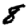
Digit: 8